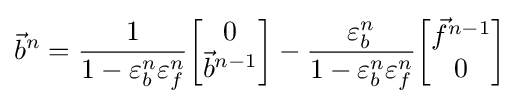
{\vec {b}}^{n}={1 \over {1-\varepsilon _{b}^{n}\varepsilon _{f}^{n}}}{\begin{bmatrix}0\\{\vec {b}}^{n-1}\end{bmatrix}}-{\varepsilon _{b}^{n} \over {1-\varepsilon _{b}^{n}\varepsilon _{f}^{n}}}{\begin{bmatrix}{\vec {f}}^{n-1}\\0\end{bmatrix}}